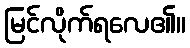
မြင်လိုက်ရလေ၏။